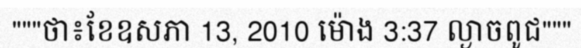
"""ថា៖ខែឧសភា 13, 2010 ម៉ោង 3:37 ល្ងាចពូជ"""